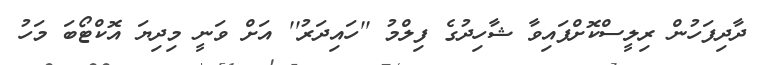
ދާދިފަހުން ރިލީސްކޮށްފައިވާ ޝާހިދުގެ ފިލްމު ''ހައިދަރު'' އަށް ވަނީ މިދިޔަ އޮކްޓޯބަ މަހު